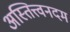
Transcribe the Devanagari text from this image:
अस्तित्त्वनदम